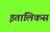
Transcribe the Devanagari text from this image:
इतालिकस